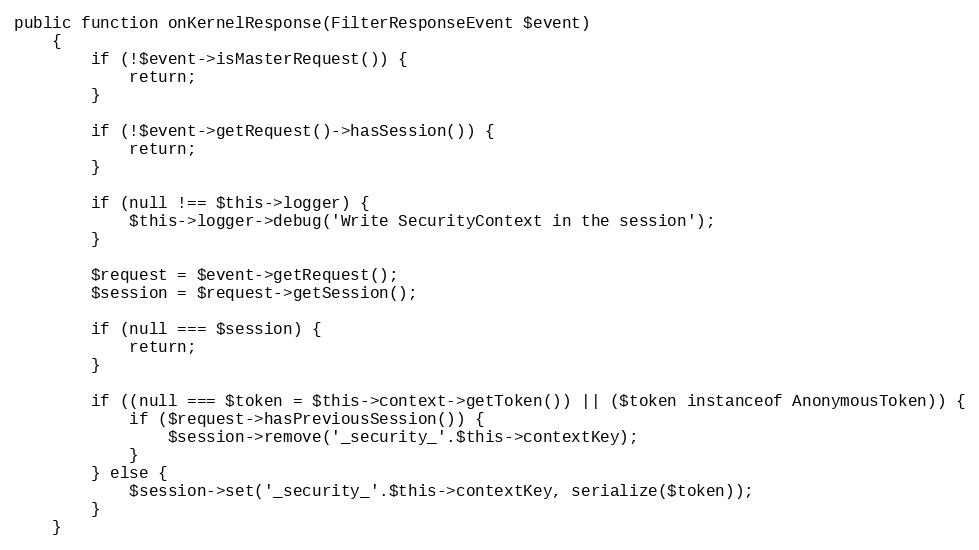
Language: PHP
public function onKernelResponse(FilterResponseEvent $event)
    {
        if (!$event->isMasterRequest()) {
            return;
        }

        if (!$event->getRequest()->hasSession()) {
            return;
        }

        if (null !== $this->logger) {
            $this->logger->debug('Write SecurityContext in the session');
        }

        $request = $event->getRequest();
        $session = $request->getSession();

        if (null === $session) {
            return;
        }

        if ((null === $token = $this->context->getToken()) || ($token instanceof AnonymousToken)) {
            if ($request->hasPreviousSession()) {
                $session->remove('_security_'.$this->contextKey);
            }
        } else {
            $session->set('_security_'.$this->contextKey, serialize($token));
        }
    }